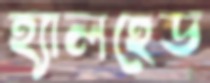
হ্যালহেড